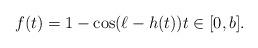
LaTeX: \begin{align*}f(t)=1-\cos(\ell-h(t)) t\in[0,b] .\end{align*}